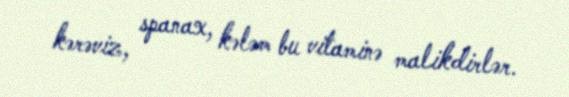
kərəviz, spanax, kələm bu vitaminə malikdirlər.